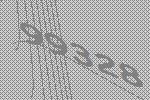
99328